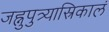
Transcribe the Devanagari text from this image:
जह्नुपुत्र्यास्रिकालं